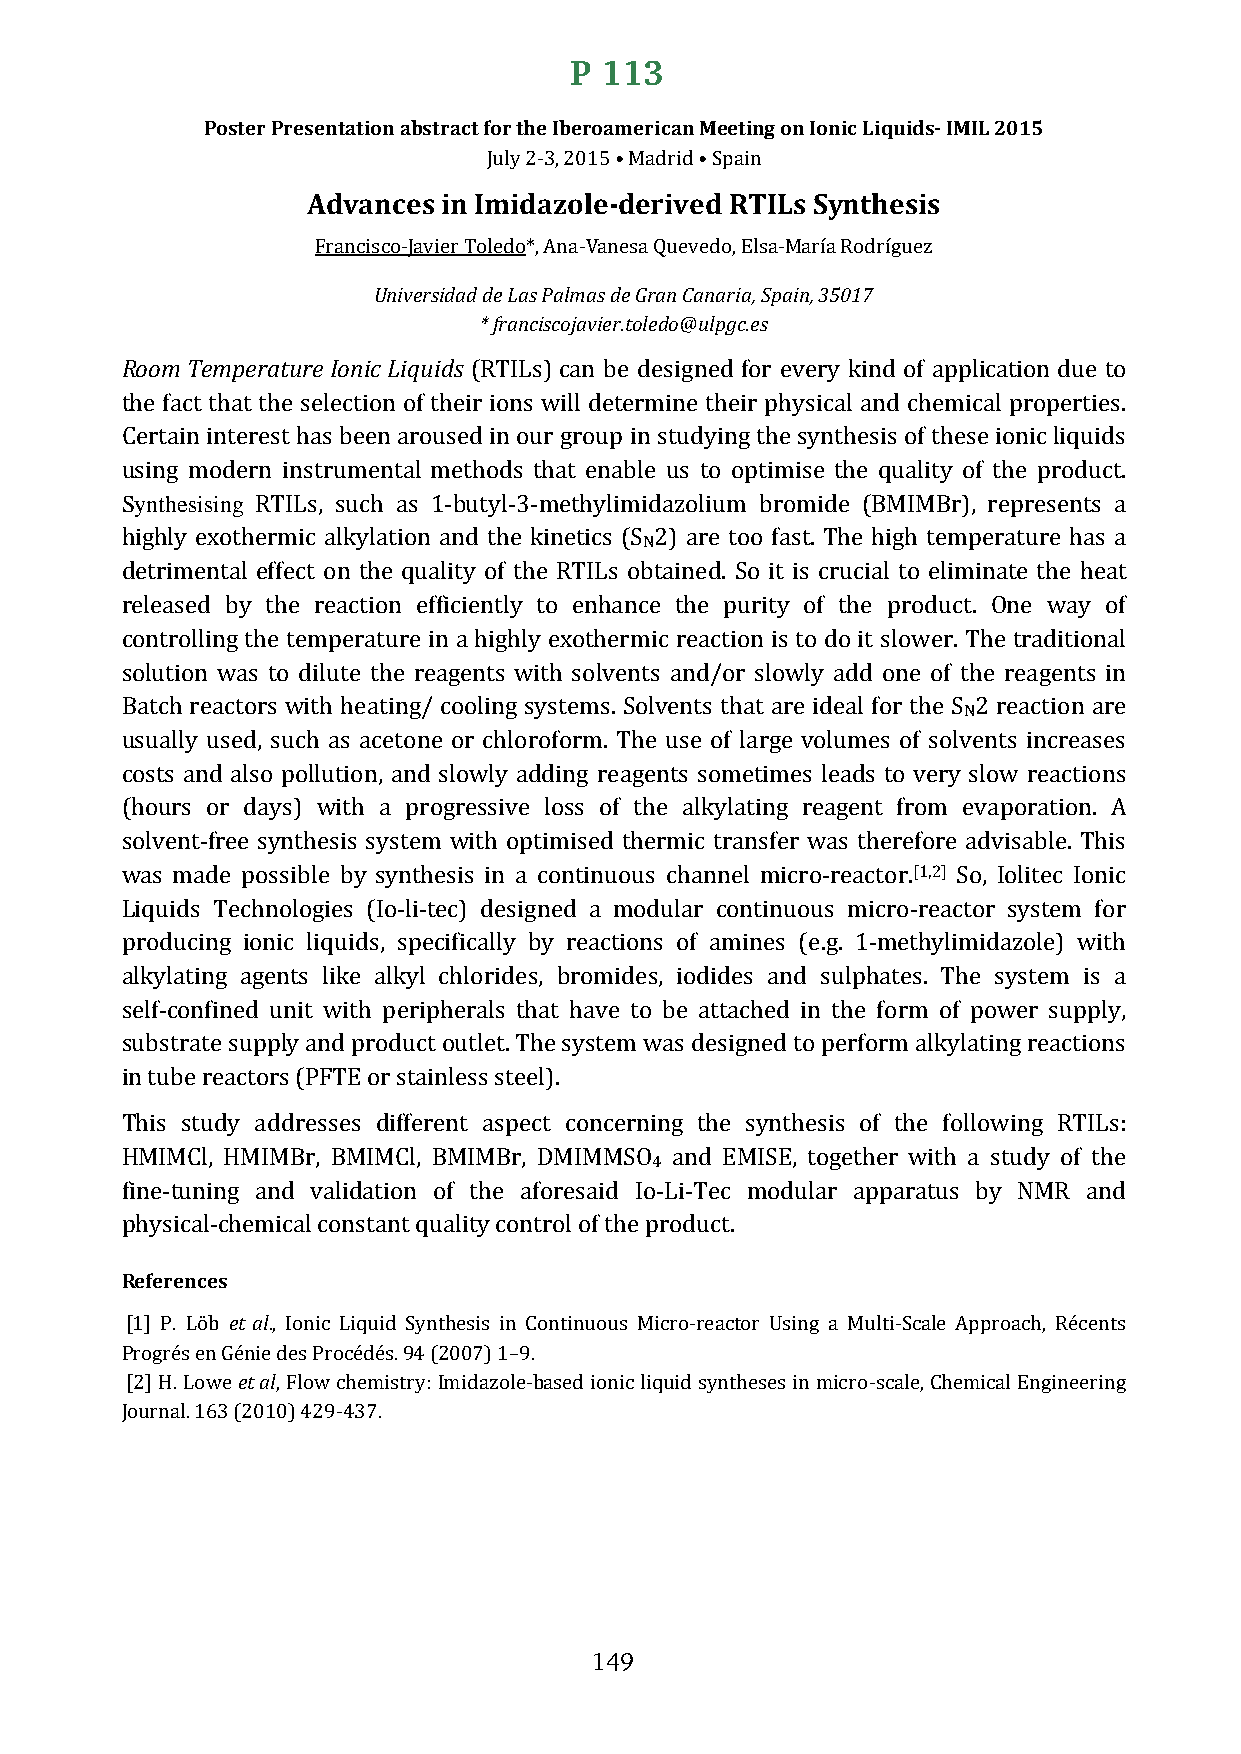
P 113
 Poster Presentation abstract for the Iberoamerican Meeting on Ionic Liquids- IMIL 2015
 Advances in ImJulyid 2-a3z, 2o0l1e5- •d Meardirvide •d Sp RaiTn ILs Synthesis
 FrancisUcnoi-vJearvsiiedra Tdo dleed Loa*s, PAanlam-Vasa ndees Gar Qaun eCvaendaor,i Ea,l sSap-aMina,r 3ía5 0R1o7d ríguez
 * franciscojavier.toledo@ulpgc.es
 Room Temperature Ionic Liquids
 (RTILs)can be designed for every kind of application due to
 the fact that the selection of their ions will determine their physical and chemical properties.
 Certain interest has been aroused in our group in studying the synthesis of these ionic liquids
 Synthesising
 using modern instrumental methods that enable us to optimise the quality of the product.
 RTILs, such as 1-butyl-3-methylimidazolium bromide (BMIMBr), represents a
 N
 highly exothermic alkylation and the kinetics (S 2) are too fast. The high temperature has a
 detrimental effect on the quality of the RTILs obtained. So it is crucial to eliminate the heat
 released by the reaction efficiently to enhance the purity of the product. One way of
 controlling the temperature in a highly exothermic reaction is to do it slower. The traditional
 solution was to dilute the reagents with solvents and/or slowly add one of the reagents in
 N
 Batch reactors with heating/ cooling systems. Solvents that are ideal for the S 2 reaction are
 usually used, such as acetone or chloroform. The use of large volumes of solvents increases
 costs and also pollution, and slowly adding reagents sometimes leads to very slow reactions
 (hours or days) with a progressive loss of the alkylating reagent from evaporation. A
 solvent-free synthesis system with optimised thermic transfer was therefore advisable. This
 [1,2]
 was made possible by synthesis in a continuous channel micro-reactor. So, Iolitec Ionic
 Liquids Technologies (Io-li-tec) designed a modular continuous micro-reactor system for
 producing ionic liquids, specifically by reactions of amines (e.g. 1-methylimidazole) with
 alkylating agents like alkyl chlorides, bromides, iodides and sulphates. The system is a
 self-confined unit with peripherals that have to be attached in the form of power supply,
 substrate supply and product outlet. The system was designed to perform alkylating reactions
 in tube reactors (PFTE or stainless steel).
 This study addresses different aspect concerning the synthesis of the following RTILs:
 4
 HMIMCl, HMIMBr, BMIMCl, BMIMBr, DMIMMSO and EMISE, together with a study of the
 fine-tuning and validation of the aforesaid Io-Li-Tec modular apparatus by NMR and
 pRehfyesriecnacle-cshemical constant quality control of the product.
 et al
 [1] P. Löb ., Ionic Liquid Synthesis in Continuous Micro-reactor Using a Multi-Scale Approach, Récents
 et al
 Progrés en Génie des Procédés. 94 (2007) 1–9.
 [2] H. Lowe , Flow chemistry: Imidazole-based ionic liquid syntheses in micro-scale, Chemical Engineering
 Journal. 163 (2010) 429-437.
 149